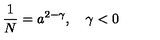
\frac 1 N = a ^ { 2 - \gamma } , \quad \gamma < 0